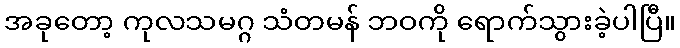
အခုတော့ ကုလသမဂ္ဂ သံတမန် ဘဝကို ရောက်သွားခဲ့ပါပြီ။